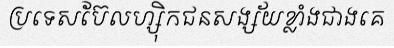
ប្រទេសប៊ែលហ្ស៊ិកជនសង្ស័យខ្លាំងជាងគេ